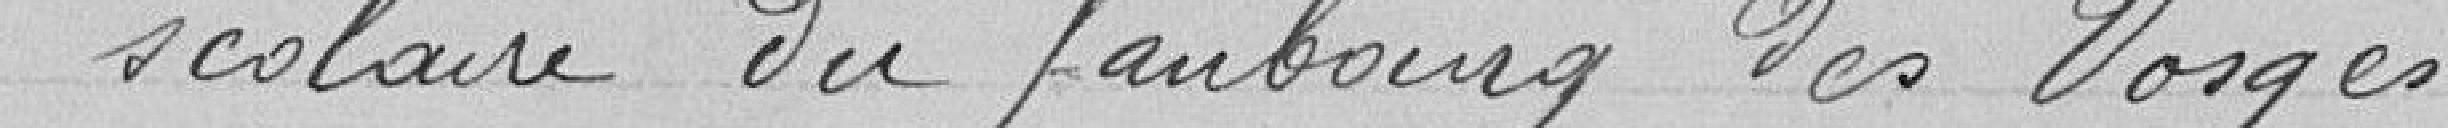
scolaire du faubourg des Vosges